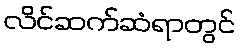
လိင်ဆက်ဆံရာတွင်